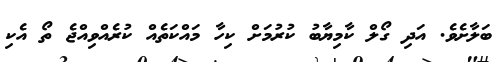
ބަލާށެވެ. އަދި ގޯލް ކާމިޔާބު ކުރުމަށް ކިހާ މަައްކަތެއް ކުރެއްވިއްޖެ ތޯ އެކި